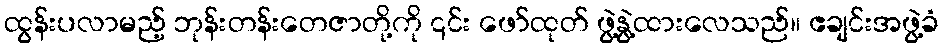
ထွန်းပလာမည့် ဘုန်းတန်းတေဇာတို့ကို ၎င်း ဖော်ထုတ် ဖွဲ့နွဲ့ထားလေသည်။ ဧချင်းအဖွဲ့ခံ